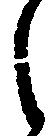
し